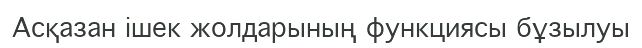
Асқазан ішек жолдарының функциясы бұзылуы